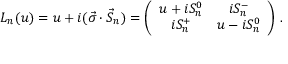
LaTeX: L _ { n } ( u ) = u + i ( \vec { \sigma } \cdot \vec { S } _ { n } ) = \left( \begin{array} { c c } { { u + i S _ { n } ^ { 0 } } } & { { i S _ { n } ^ { - } } } \\ { { i S _ { n } ^ { + } } } & { { u - i S _ { n } ^ { 0 } } } \end{array} \right) \, .